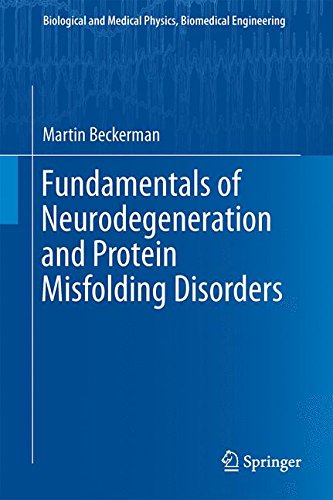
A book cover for Fundamentals of Neurodegeneration and Protein Misfolding Disorders (Biological and Medical Physics, Biomedical Engineering); Martin Beckerman; Science & Math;